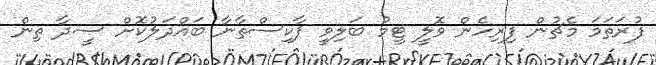
ފުރަތަމަ މެޗުން ފިރިހެން ވޮލީ ޓީމު ބަލިވީ ޕާކިސްތާނާ ބައްދަލުކޮށް ސީދާ ތިން